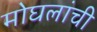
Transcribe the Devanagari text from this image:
मोघलांची